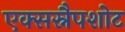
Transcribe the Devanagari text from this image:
एक्सस्नैपशोट